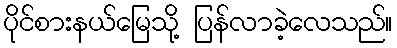
ပိုင်စားနယ်မြေသို့ ပြန်လာခဲ့လေသည်။